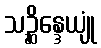
သဉ္ဆိန္ဒေယျုံ